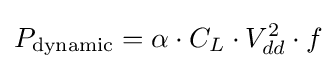
P_{\text{dynamic}}=\alpha \cdot C_{L}\cdot V_{dd}^{2}\cdot f